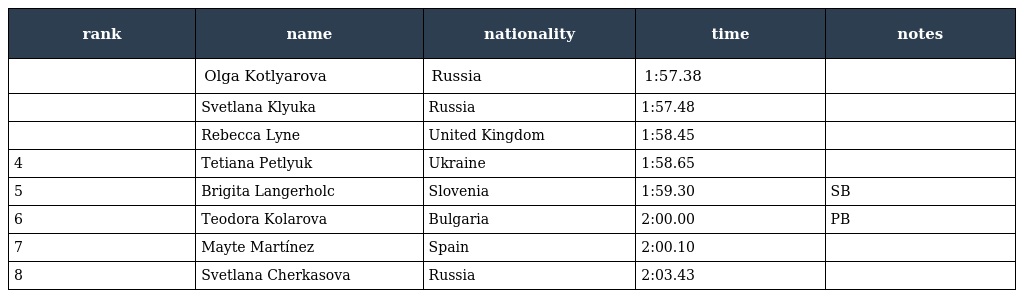
| rank | name | nationality | time | notes |
 | --- | --- | --- | --- | --- |
 |  | Olga Kotlyarova | Russia | 1:57.38 |  |
 |  | Svetlana Klyuka | Russia | 1:57.48 |  |
 |  | Rebecca Lyne | United Kingdom | 1:58.45 |  |
 | 4 | Tetiana Petlyuk | Ukraine | 1:58.65 |  |
 | 5 | Brigita Langerholc | Slovenia | 1:59.30 | SB |
 | 6 | Teodora Kolarova | Bulgaria | 2:00.00 | PB |
 | 7 | Mayte Martínez | Spain | 2:00.10 |  |
 | 8 | Svetlana Cherkasova | Russia | 2:03.43 |  |